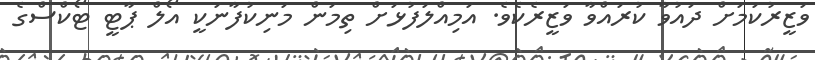
ވަޒީރުކަމަށް ދައުވާ ކުރައްވާ ވަޒީރެކެވެ. އަމިއްލަފުޅަށް ތިމަން މަނިކުފާނަކީ އޯލް ޕާޓީ ޓޯކްސްގެ